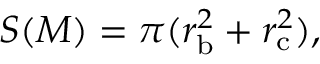
S ( M ) = \pi ( r _ { \mathrm { b } } ^ { 2 } + r _ { \mathrm { c } } ^ { 2 } ) ,